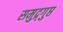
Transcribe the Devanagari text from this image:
समुद्र्गुप्त